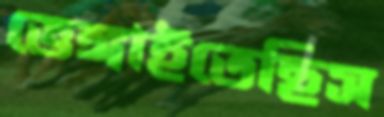
ভেঙ্গাইতেছিস